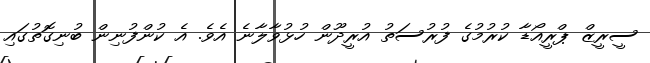
ސީރީޒް ޕްރީއޯޑާ ކުރުމުގެ ފުރުސަތު އުރީދޫން ހުޅުވާލާނެ އެވެ. އެ ކުންފުނިން ބުނިގޮތުގައި